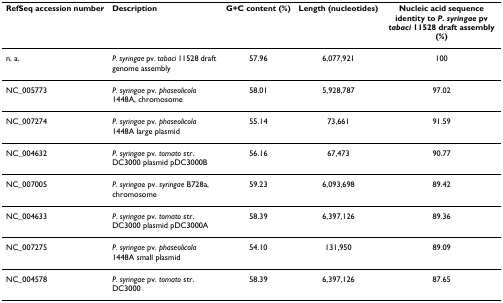
<table><thead><tr><td><b>RefSeq accession number</b></td><td><b>Description</b></td><td><b>G+C content (%)</b></td><td><b>Length (nucleotides)</b></td><td><b>Nucleic acid sequence identity to <i>P. syringae </i>pv <i>tabaci </i>11528 draft assembly (%)</b></td></tr></thead><tbody><tr><td>n. a.</td><td><i>P. syringae </i>pv. <i>tabaci </i>11528 draft genome assembly</td><td>57.96</td><td>6,077,921</td><td>100</td></tr><tr><td>NC_005773</td><td><i>P. syringae </i>pv. <i>phaseolicola </i>1448A, chromosome</td><td>58.01</td><td>5,928,787</td><td>97.02</td></tr><tr><td>NC_007274</td><td><i>P. syringae </i>pv. <i>phaseolicola </i>1448A large plasmid</td><td>55.14</td><td>73,661</td><td>91.59</td></tr><tr><td>NC_004632</td><td><i>P. syringae </i>pv. <i>tomato </i>str. DC3000 plasmid pDC3000B</td><td>56.16</td><td>67,473</td><td>90.77</td></tr><tr><td>NC_007005</td><td><i>P. syringa</i>e pv. <i>syringae </i>B728a, chromosome</td><td>59.23</td><td>6,093,698</td><td>89.42</td></tr><tr><td>NC_004633</td><td><i>P. syringae </i>pv. <i>tomato </i>str. DC3000 plasmid pDC3000A</td><td>58.39</td><td>6,397,126</td><td>89.36</td></tr><tr><td>NC_007275</td><td><i>P. syringae </i>pv. <i>phaseolicola </i>1448A small plasmid</td><td>54.10</td><td>131,950</td><td>89.09</td></tr><tr><td>NC_004578</td><td><i>P. syringae </i>pv. <i>tomato </i>str. DC3000</td><td>58.39</td><td>6,397,126</td><td>87.65</td></tr></tbody></table>